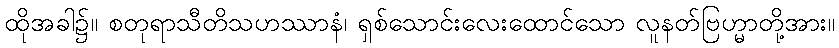
ထိုအခါ၌။ စတုရာသီတိသဟဿာနံ၊ ရှစ်သောင်းလေးထောင်သော လူနတ်ဗြဟ္မာတို့အား။